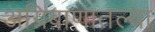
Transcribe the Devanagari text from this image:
अग्निबाणातल्या